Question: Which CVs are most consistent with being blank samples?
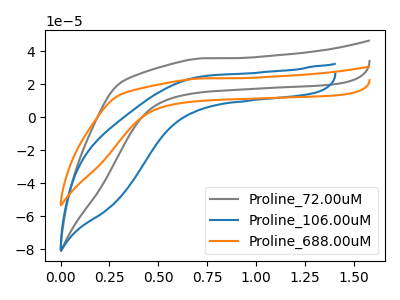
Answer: <think>The gray curve "Proline_72.00uM" has no peaks. The blue curve "Proline_106.00uM" has no peaks. The orange curve "Proline_688.00uM" has no peaks.</think>
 <answer>"Proline_72.00uM", "Proline_106.00uM" and "Proline_688.00uM" are likely to be blanks.</answer>
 <eval>"Proline_72.00uM", "Proline_106.00uM", "Proline_688.00uM"</eval>